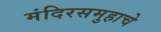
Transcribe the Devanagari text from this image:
मंदिरसमुहाचे